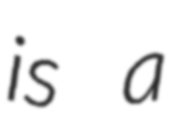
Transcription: is a